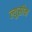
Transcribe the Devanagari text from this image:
ल्युसीन